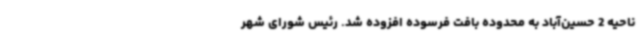
ناحیه 2 حسین‌آباد به محدوده بافت فرسوده افزوده شد. رئیس شورای شهر